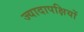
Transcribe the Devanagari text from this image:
ज्यादापक्षियों